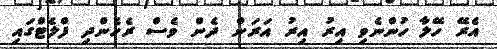
އެރޭ ހޭލާ ހުންނެވި އިރު އިރު އަރަން ދެން ވެސް ރެހެންދި ފްލެޓްގައި